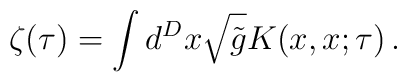
\zeta(\tau)= \int d^D x \sqrt{\tilde{g}} K(x,x;\tau)\,.